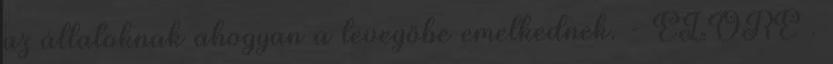
az állatoknak ahogyan a levegőbe emelkednek. - ELŐRE .